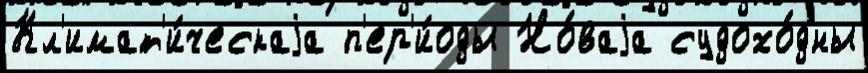
Кл'имат'и́ческаjа п'ер'и́оды Но́ваjа судохо́дны